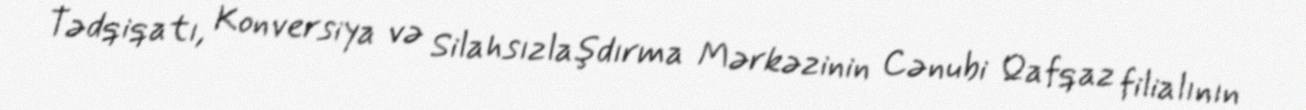
Tədqiqatı, Konversiya və Silahsızlaşdırma Mərkəzinin Cənubi Qafqaz filialının